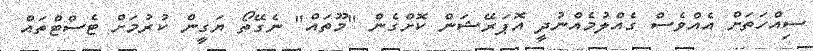
ސިއްހަތަށް އެއްވެސް ގެއްލުމެއްނުދީ އޮޕަރޭޝަން ކޮށްގެން "މޫތައް" ނެގޭތޯ ޔަގީން ކުރުމަށް ޓެސްޓްތައް